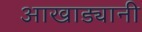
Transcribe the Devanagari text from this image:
आखाड्यानी